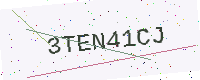
Text: 3TEN41CJ